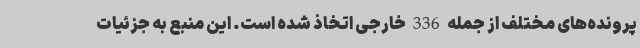
پرونده‌های مختلف از جمله 336 خارجی اتخاذ شده است. این منبع به جزئیات